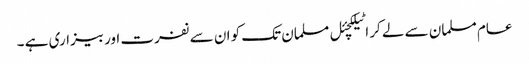
عام مسلمان سے لے کر اٹیلکچئل مسلمان تک کو ان سے نفرت اور بیزاری ہے ۔